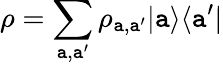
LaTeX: \rho=\sum_{\mathtt{a},\mathtt{a}^{\prime}}\rho_{\mathtt{a},\mathtt{a}^{\prime}}|\mathtt{a}\rangle\langle\mathtt{a}^{\prime}|